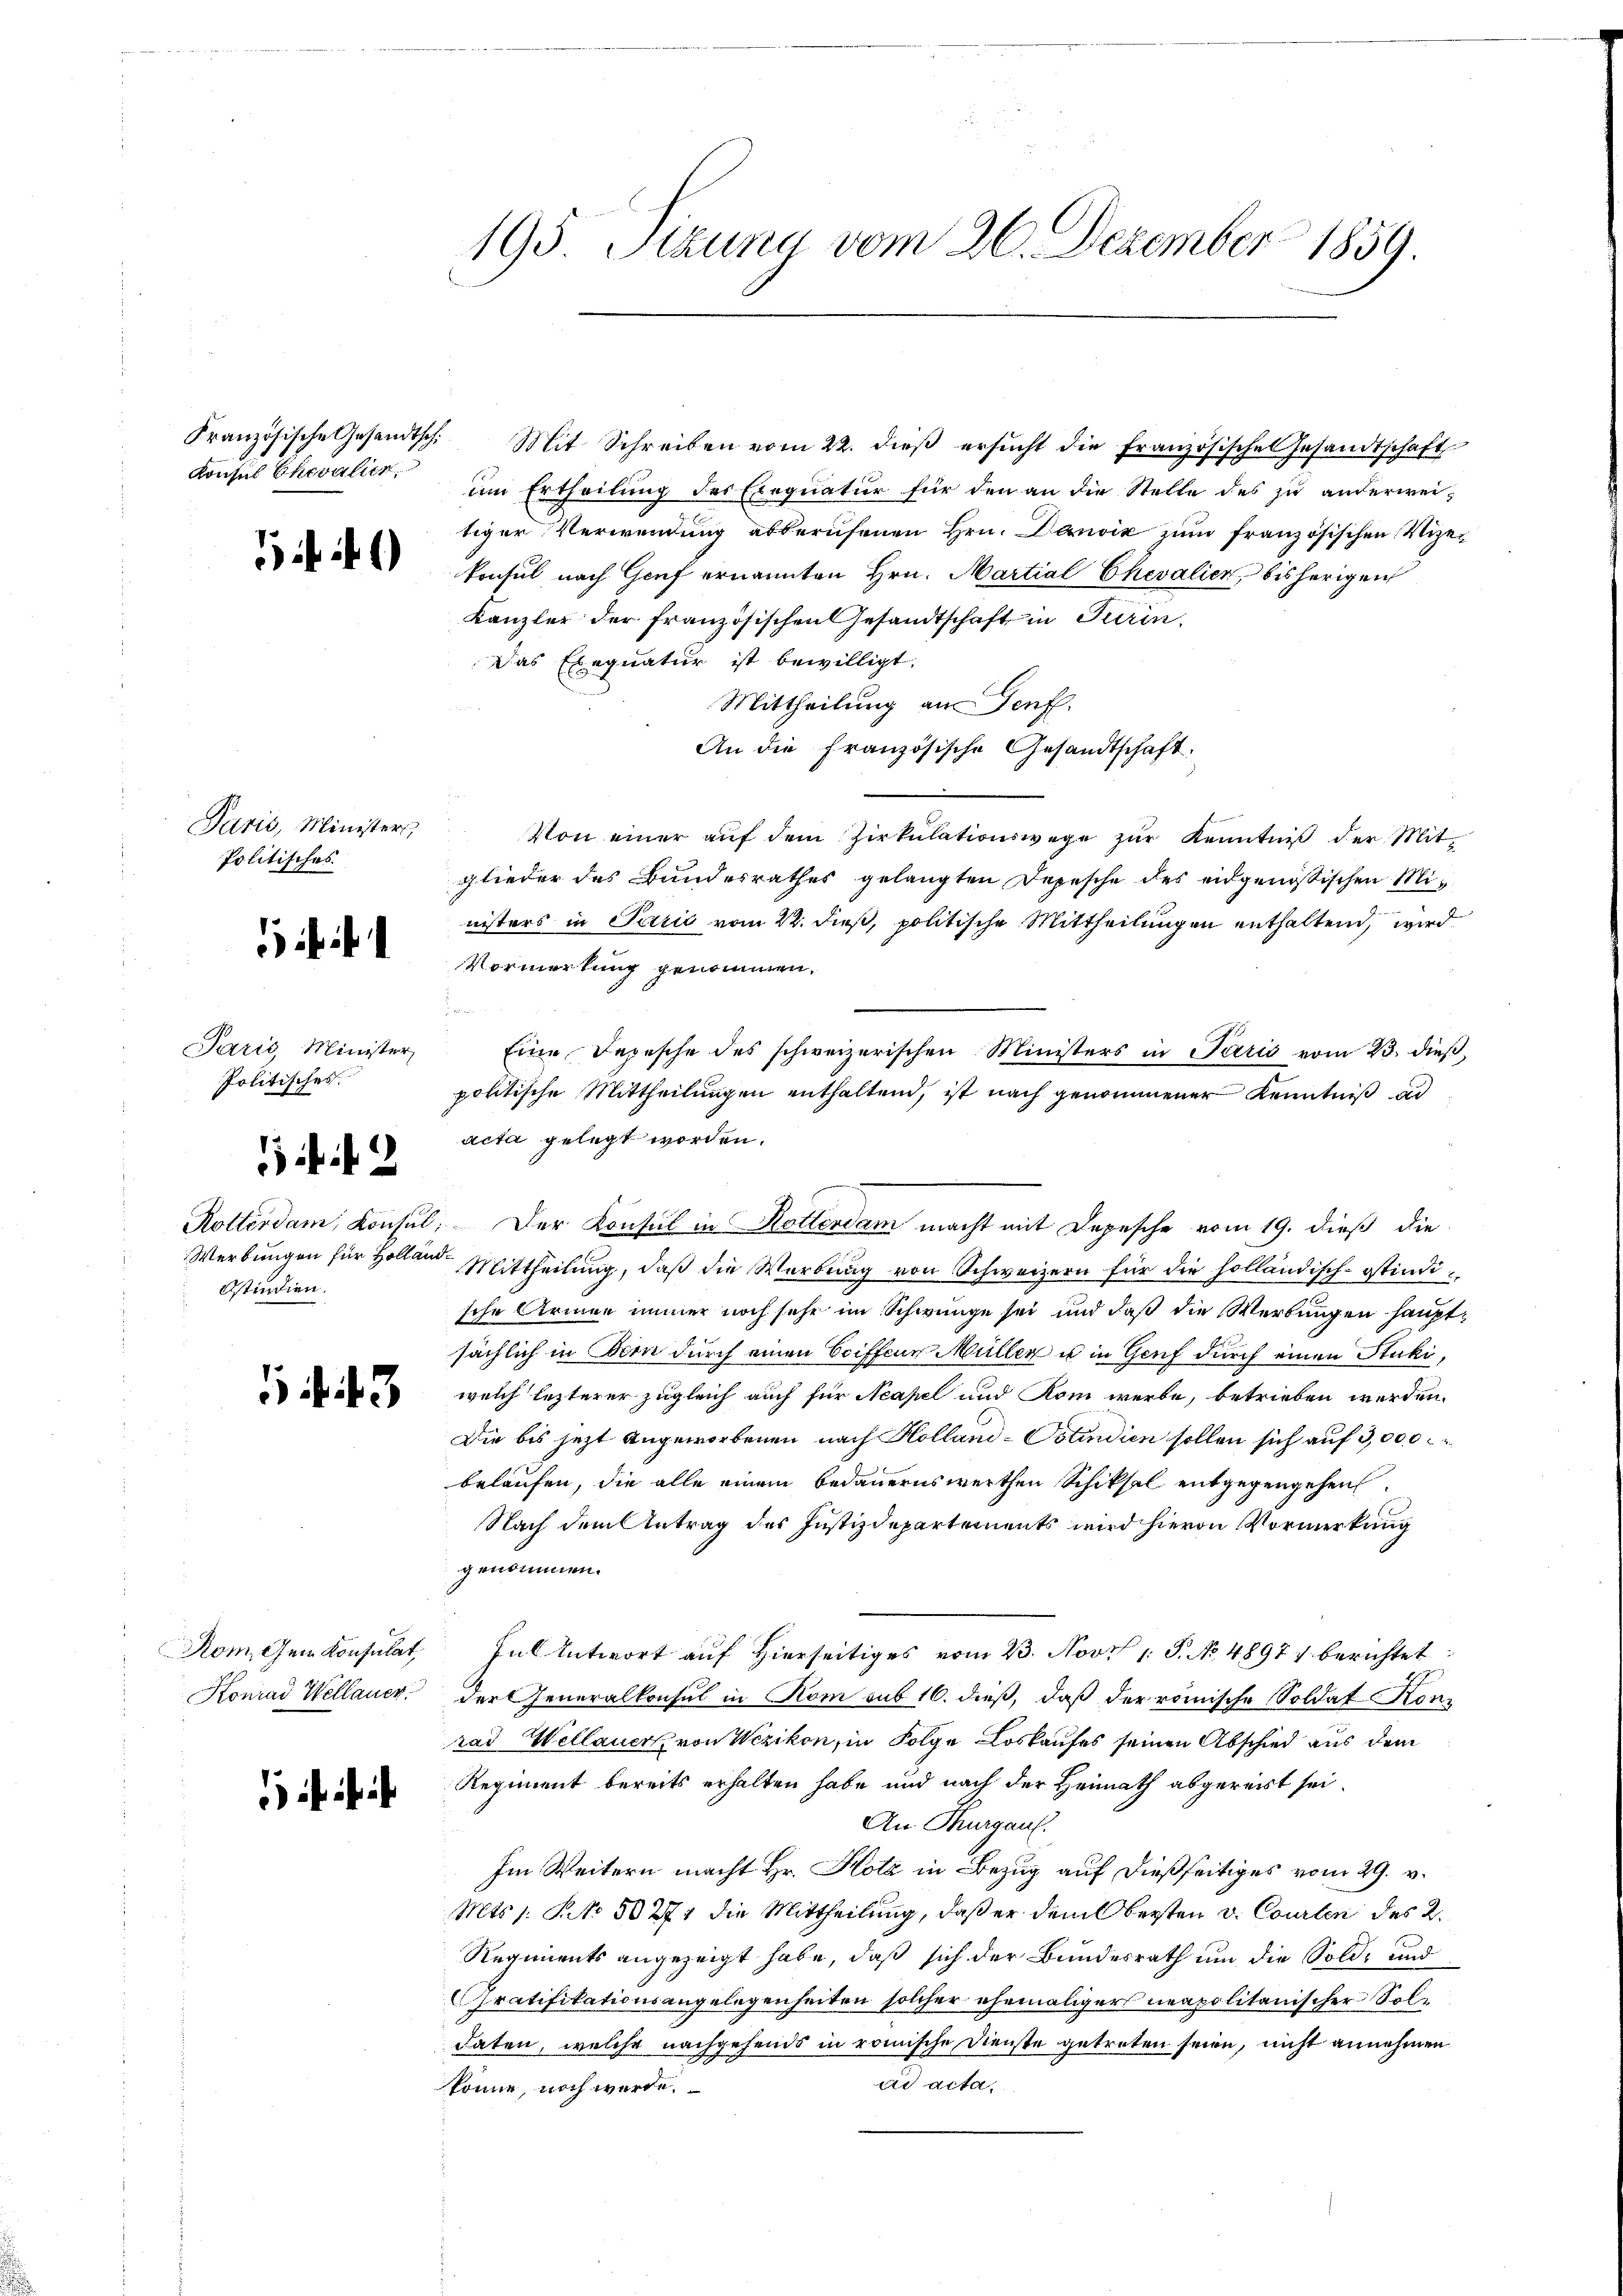
Französische Gesandtschi
Konsul Ehevalien.

i 1)

Paris, Ministers,
Politisches

Paris, Minister,
Politisches.

2

Werbungen für Hollan
Ostindien.

143

Rom, Gem. Konsulat,
Konrad Wellauer.

195 Stzung vom 26. Dezember 1859.

Mit Schreiben vom 22. dieβ ersŭcht die französische Gesandtschaft
um Ertheilung des Exequatur für den an die Stelle des zu anderweitiger Verwendung abberufenen Hrn. Danvić zum französischen Vizekonsul nach Genf ernannten Hrn. Martial Chevalien, bisherigen
Kanzler der französischen Gesandtschaft in Turin.
Das Exequatur ist bewilligt.
Mittheilung an Genf.
An die französische Gesandtschaft.
Von einer aŭf dem Zirkŭlationswege zŭr Kenntniβ der Mit-
glieder des Bundesrathes gelangten Depesche des eidgenößischen Ministers in Paris vom 22. dieß, politische Mittheilungen enthaltend, wird
Vormerkung genommen.
Eine Depesche des schweizerischen Ministers in Paris vom 23. dieß,
politische Mittheilungen enthaltend, ist nach genommener Kenntniß ad
acta gelegt worden.
Rotterdam, Konsul: Der Konsul in Kotterdam macht mit Depesche vom 19. dieß die
e
Mittheilung, daß die Werbung von Schweizern für die holländisch-östindische Armen immer noch sehe im Schwunge sei und daß die Werbungen hauptsächlich in Bern durch einen Coiffene Müller u in Genf durch einen Stuki,
welch lezterer zugleich auch für Neapel und Rom werbe, betrieben werden.
Die bis jetzt angeworbenen nach Holland-Ostindien sollen sich auf 3,000.
belaufen, die alle einem bedauernswerthen Schiksal entgegengehen
Nach dem Antrag des Justizdepartements wird hievon Vormerkung
genommen.
Ful Antwort auf Hierseitiges vom 23. Nov. 1. P. No. 4897 berichtet:
der Generalkonsul in Rom sub 16. dieß, daß der römische Soldat Konrad Wellauer von Wezikon, in Folge Loskaufes seinen Abschied aus dem
Regiment bereits erhalten habe und nach der Heimath abgereist sei.
An Thurgauf.
Im Weitern macht Hr. Holz in Bezug auf dießseitiges vom 29. v.
Mts. s. S. 30271 die Mittheilung, daß er dem Obersten v. Courten des 2.
Regiments angezeigt habe, daß sich der Bundesrath um die Sold- und
Gratifikationsangelegenheiten solcher ehemaligers neapolitanischer Soldaten, welche nachgehends in römische Dienste getreten seien, nicht annehmen
ad acta,
könne, noch werde.